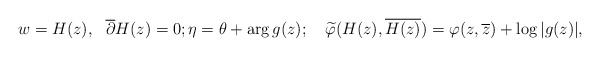
\begin{align*} &w=H(z),\ \ \overline\partial H(z)=0;\eta=\theta+\mathrm{arg}\,g(z); \quad\widetilde\varphi(H(z), \overline {H(z)})=\varphi(z, \overline z)+\log|g(z)|,\end{align*}